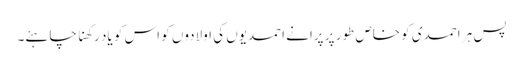
پس ہر احمدی کو خاص طور پر پرانے احمدیوں کی اولادوں کو اس کو یاد رکھنا چاہئے۔